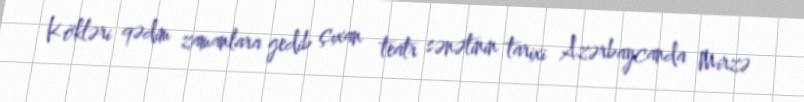
Kökləri qədim zamanlara gedib çıxan teatr sənətinin tarixi Azərbaycanda Mirzə